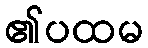
၏ပထမ